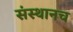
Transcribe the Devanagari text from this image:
संस्थानच